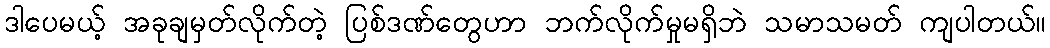
ဒါပေမယ့် အခုချမှတ်လိုက်တဲ့ ပြစ်ဒဏ်တွေဟာ ဘက်လိုက်မှုမရှိဘဲ သမာသမတ် ကျပါတယ်။